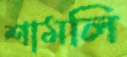
শামলি